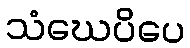
သံဃေပိပေ